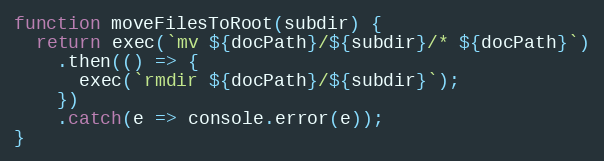
Language: JavaScript
function moveFilesToRoot(subdir) {
  return exec(`mv ${docPath}/${subdir}/* ${docPath}`)
    .then(() => {
      exec(`rmdir ${docPath}/${subdir}`);
    })
    .catch(e => console.error(e));
}